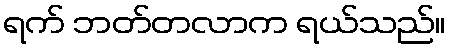
ရက် ဘတ်တလာက ရယ်သည်။